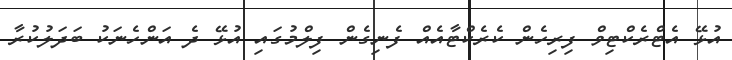
އުޅޭ އެޓްރެކްޓިވް ފިރިހެން ކެރެކްޓާއެއް ފެނިގެން ފިލްމުގައި އުޅޭ ދެ އަންހެނަކު ބަދަލުކުރާ